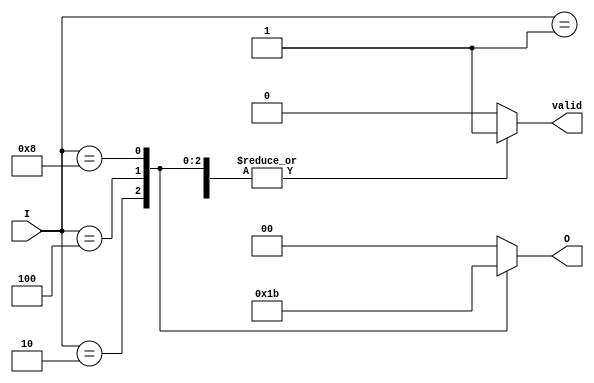
module binary_encoder (
    input wire [3:0] I,    // 4 input lines (I0, I1, I2, I3)
    output reg [1:0] O,    // 2 output lines (O1, O0)
    output reg valid       // Indicates if the output is valid
);

always @(*) begin
    valid = 1'b1; // Assume valid unless determined otherwise
    case (I)
        4'b0001: O = 2'b00; // I0 active
        4'b0010: O = 2'b01; // I1 active
        4'b0100: O = 2'b10; // I2 active
        4'b1000: O = 2'b11; // I3 active
        default: begin
            O = 2'b00; // Default output when none or multiple inputs are active
            valid = 1'b0; // Mark output as invalid
        end
    endcase
end

endmodule